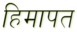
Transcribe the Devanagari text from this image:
हिमापत